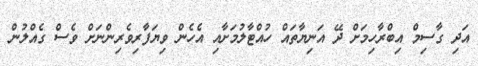
އަދި ގާސިމް އިބްރާހިމަށް ދޭ އަނިޔާތައް ހުއްޓާލުމަށާއި އެހެން ވިޔަފާރިވެރިންނަށް ވެސް ގެއްލުން